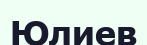
Юлиев